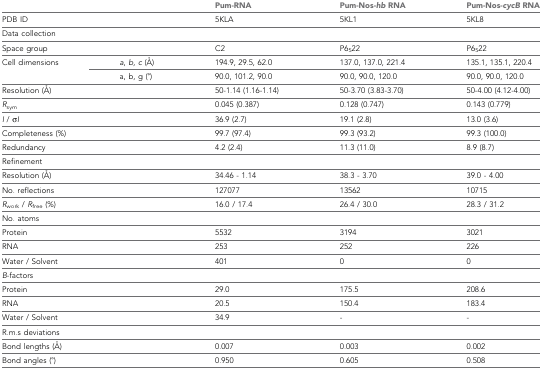
<table><thead><tr><td colspan="2"></td><td><b>Pum-RNA</b></td><td><b>Pum-Nos-<i>hb</i> RNA</b></td><td><b>Pum-Nos-<i>cycB</i> RNA</b></td></tr></thead><tbody><tr><td colspan="2">PDB ID</td><td>5KLA</td><td>5KL1</td><td>5KL8</td></tr><tr><td colspan="2">Data collection</td><td></td><td></td><td></td></tr><tr><td colspan="2">Space group</td><td>C2</td><td>P6<sub>5</sub>22</td><td>P6<sub>5</sub>22</td></tr><tr><td rowspan="2">Cell dimensions</td><td><i>a</i>, <i>b, c</i> (Å)</td><td>194.9, 29.5, 62.0</td><td>137.0, 137.0, 221.4</td><td>135.1, 135.1, 220.4</td></tr><tr><td>a, b, g (°)</td><td>90.0, 101.2, 90.0</td><td>90.0, 90.0, 120.0</td><td>90.0, 90.0, 120.0</td></tr><tr><td colspan="2">Resolution (Å)</td><td>50-1.14 (1.16-1.14)</td><td>50-3.70 (3.83-3.70)</td><td>50-4.00 (4.12-4.00)</td></tr><tr><td colspan="2"><i>R</i><sub>sym</sub></td><td>0.045 (0.387)</td><td>0.128 (0.747)</td><td>0.143 (0.779)</td></tr><tr><td colspan="2"><i>I</i> / σ<i>I</i></td><td>36.9 (2.7)</td><td>19.1 (2.8)</td><td>13.0 (3.6)</td></tr><tr><td colspan="2">Completeness (%)</td><td>99.7 (97.4)</td><td>99.3 (93.2)</td><td>99.3 (100.0)</td></tr><tr><td colspan="2">Redundancy</td><td>4.2 (2.4)</td><td>11.3 (11.0)</td><td>8.9 (8.7)</td></tr><tr><td colspan="2">Refinement</td><td></td><td></td><td></td></tr><tr><td colspan="2">Resolution (Å)</td><td>34.46 - 1.14</td><td>38.3 - 3.70</td><td>39.0 - 4.00</td></tr><tr><td colspan="2">No. reflections</td><td>127077</td><td>13562</td><td>10715</td></tr><tr><td colspan="2"><i>R</i><sub>work</sub> / <i>R</i><sub>free</sub> (%)</td><td>16.0 / 17.4</td><td>26.4 / 30.0</td><td>28.3 / 31.2</td></tr><tr><td colspan="2">No. atoms</td><td></td><td></td><td></td></tr><tr><td colspan="2">Protein</td><td>5532</td><td>3194</td><td>3021</td></tr><tr><td colspan="2">RNA</td><td>253</td><td>252</td><td>226</td></tr><tr><td colspan="2">Water / Solvent</td><td>401</td><td>0</td><td>0</td></tr><tr><td colspan="2"><i>B</i>-factors</td><td></td><td></td><td></td></tr><tr><td colspan="2">Protein</td><td>29.0</td><td>175.5</td><td>208.6</td></tr><tr><td colspan="2">RNA</td><td>20.5</td><td>150.4</td><td>183.4</td></tr><tr><td colspan="2">Water / Solvent</td><td>34.9</td><td>-</td><td>-</td></tr><tr><td colspan="2">R.m.s deviations</td><td></td><td></td><td></td></tr><tr><td colspan="2">Bond lengths (Å)</td><td>0.007</td><td>0.003</td><td>0.002</td></tr><tr><td colspan="2">Bond angles (°)</td><td>0.950</td><td>0.605</td><td>0.508</td></tr></tbody></table>